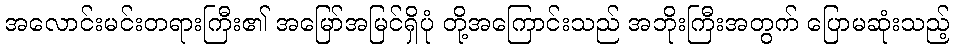
အလောင်းမင်းတရားကြီး၏ အမြော်အမြင်ရှိပုံ တို့အကြောင်းသည် အဘိုးကြီးအတွက် ပြောမဆုံးသည့်